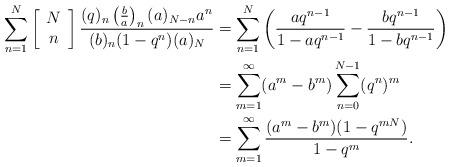
LaTeX: \begin{align*}\sum_{n=1}^{N}\left[\begin{array}{c}N\\n\end{array}\right] \frac{(q)_n\left(\frac{b}{a}\right)_n(a)_{N-n}a^n}{(b)_n(1-q^n)(a)_{N}}&=\sum_{n=1}^{N}\left(\frac{aq^{n-1}}{1-aq^{n-1}}-\frac{bq^{n-1}}{1-bq^{n-1}}\right)\\&=\sum_{m=1}^{\infty}(a^m-b^m)\sum_{n=0}^{N-1}(q^n)^m\\&=\sum_{m=1}^{\infty}\frac{(a^m-b^m)(1-q^{mN})}{1-q^m}.\end{align*}